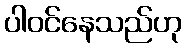
ပါဝင်နေသည်ဟု